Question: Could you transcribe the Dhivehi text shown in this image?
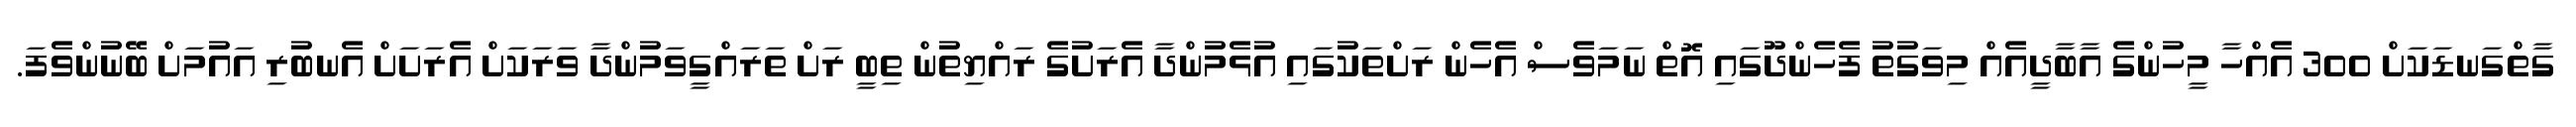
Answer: ގާތްގަނޑަކަށް 300 އެއްހާ މީހުންގެ އާބާދީއެއް މިވަގުތު ފެހެންދޫގައި އޮތް ނަމަވެސް އެހެން ރަށްތަކުގައި އުޅެމުންދާ އެރަށުގެ ރައްޔިތުން ތިބީ ރަށް ތަރައްގީވަމުންދާ ވަރަކަށް އެރަށަށް އެނބުރި އައުމަށް ބޭނުންވެފަ.